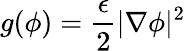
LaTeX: g(\phi)=\frac{\epsilon}{2}|\nabla\phi|^{2}